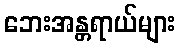
ဘေးအန္တရာယ်များ